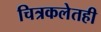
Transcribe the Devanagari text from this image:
चित्रकलेतही